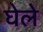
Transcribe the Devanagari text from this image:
घेले